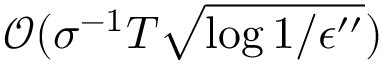
\mathcal { O } ( \sigma ^ { - 1 } T \sqrt { \log { 1 / \epsilon ^ { \prime \prime } } } )